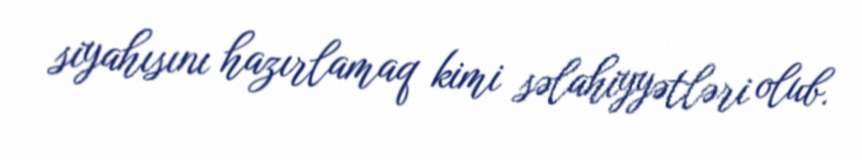
siyahısını hazırlamaq kimi səlahiyyətləri olub.